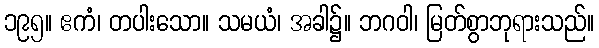
၁၉၅။ ဧကံ၊ တပါးသော။ သမယံ၊ အခါ၌။ ဘဂဝါ၊ မြတ်စွာဘုရားသည်။